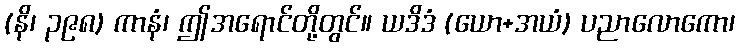
(နိ၊ ၃၉၈) ကာနံ၊ ဤအရောင်တို့တွင်။ ယဒိဒံ (ယော+အယံ) ပညာလောကော၊